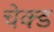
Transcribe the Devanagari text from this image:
चेक्ड